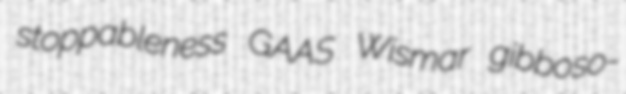
stoppableness GAAS Wismar gibboso-